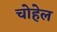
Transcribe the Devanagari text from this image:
चोहेल